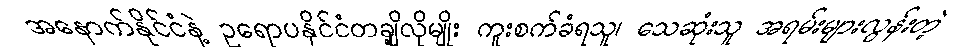
အနောက်နိုင်ငံနဲ့ ဥရောပနိုင်ငံတချို့လိုမျိုး ကူးစက်ခံရသူ၊ သေဆုံးသူ အရမ်းများလွန်းတဲ့